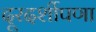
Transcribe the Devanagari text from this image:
दूरदर्शीपणा